Indian journal of veterinary science and animal husbandry - Volumes 22-23, 1952-1953
Year: 1952
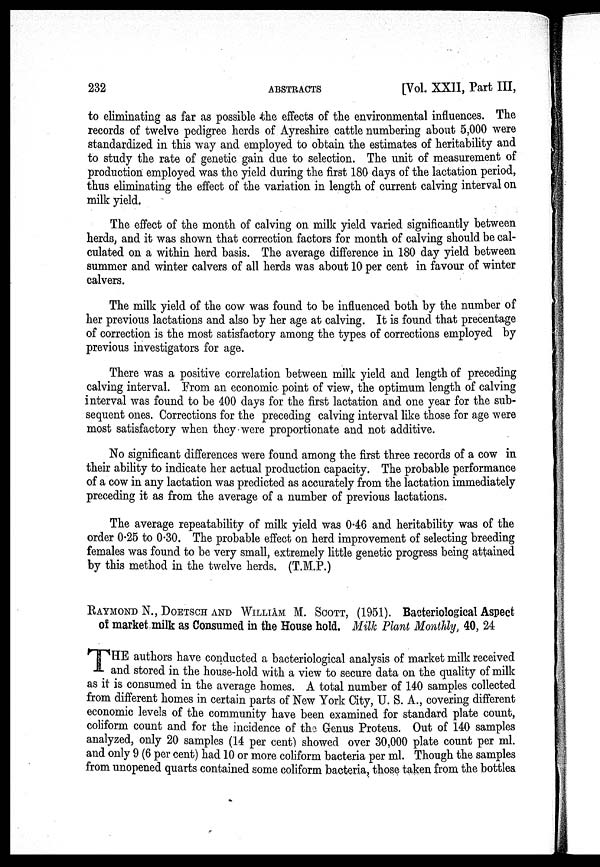
232
ABSTRACTS
[Vol. XXII, Part III,
to eliminating as far as possible the effects of the environmental influences. The
records of twelve pedigree herds of Ayreshire cattle numbering about 5,000 were
standardized in this way and employed to obtain the estimates of heritability and
to study the rate of genetic gain due to selection. The unit of measurement of
production employed was the yield during the first 180 days of the lactation period,
thus eliminating the effect of the variation in length of current calving interval on
milk yield.
The effect of the month of calving on milk yield varied significantly between
herds, and it was shown that correction factors for month of calving should be cal-
culated on a within herd basis. The average difference in 180 day yield between
summer and winter calvers of all herds was about 10 per cent in favour of winter
calvers.
The milk yield of the cow was found to be influenced both by the number of
her previous lactations and also by her age at calving. It is found that precentage
of correction is the most satisfactory among the types of corrections employed by
previous investigators for age.
There was a positive correlation between milk yield and length of preceding
calving interval. From an economic point of view, the optimum length of calving
interval was found to be 400 days for the first lactation and one year for the sub-
sequent ones. Corrections for the preceding calving interval like those for age were
most satisfactory when they were proportionate and not additive.
No significant differences were found among the first three records of a cow in
their ability to indicate her actual production capacity. The probable performance
of a cow in any lactation was predicted as accurately from the lactation immediately
preceding it as from the average of a number of previous lactations.
The average repeatability of milk yield was 0.46 and heritability was of the
order 0.25 to 0.30. The probable effect on herd improvement of selecting breeding
females was found to be very small, extremely little genetic progress being attained
by this method in the twelve herds. (T.M.P.)
RAYMOND N., DOETSCH AND WILLIAM M. SCOTT, (1951). Bacteriological Aspect
of market milk as Consumed in the House hold. Milk Plant Monthly, 40, 24
THE
authors have conducted a bacteriological analysis of market milk received
and stored in the house-hold with a view to secure data on the quality of milk
as it is consumed in the average homes. A total number of 140 samples collected
from different homes in certain parts of New York City, U. S. A., covering different
economic levels of the community have been examined for standard plate count,
coliform count and for the incidence of the Genus Proteus. Out of 140 samples
analyzed, only 20 samples (14 per cent) showed over 30,000 plate count per ml.
and only 9 (6 per cent) had 10 or more coliform bacteria per ml. Though the samples
from unopened quarts contained some coliform bacteria, those taken from the bottles